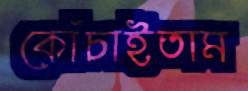
কোঁচাইতাম